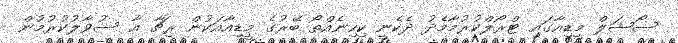
ސޯޝަލް މީޑިއާގައި ޓްރޯލްކުރުމާމެދު ދެކެނީ ކިހިނެއްތޯ ބޭރުގެ މީޑިއާއަކުން ރިޗާ އާ ސުވާލުކުރުމުން